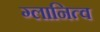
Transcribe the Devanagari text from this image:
ग्लानित्व